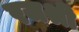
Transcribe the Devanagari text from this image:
रजश्री